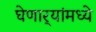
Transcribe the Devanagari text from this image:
घेणार्‍यांमध्ये